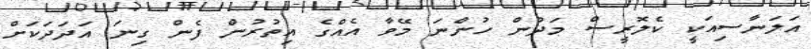
އަލަނާސިއަކީ ކެލޮރީސް މަދުން ހުންނަ މޭވާ އެއްގެ އިތުރުން ފެން ގިނަ އަދަދަކަށް